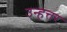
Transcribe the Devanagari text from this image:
उन्हत्तर